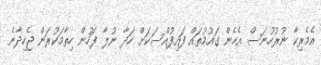
އެމެރިކާ ނުރުހުނަސް އެހެން ގައުމުތައް ފައިފުއްސަކަށް ހަދާ ނުލާ ފަހުން ހިތާމަކުރަން ޖެހިދާނެ